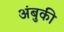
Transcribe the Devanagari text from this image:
अंबुकी